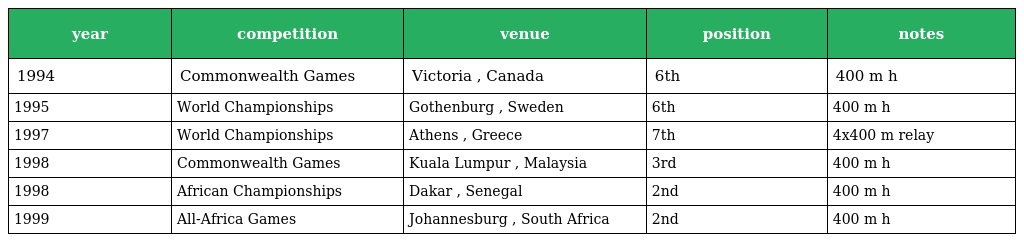
| year | competition | venue | position | notes |
 | --- | --- | --- | --- | --- |
 | 1994 | Commonwealth Games | Victoria , Canada | 6th | 400 m h |
 | 1995 | World Championships | Gothenburg , Sweden | 6th | 400 m h |
 | 1997 | World Championships | Athens , Greece | 7th | 4x400 m relay |
 | 1998 | Commonwealth Games | Kuala Lumpur , Malaysia | 3rd | 400 m h |
 | 1998 | African Championships | Dakar , Senegal | 2nd | 400 m h |
 | 1999 | All-Africa Games | Johannesburg , South Africa | 2nd | 400 m h |